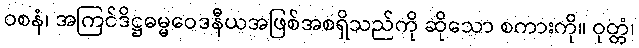
ဝစနံ၊ အကြင်ဒိဋ္ဌဓမ္မဝေဒနီယအဖြစ်အစရှိသည်ကို ဆိုသော စကားကို။ ဝုတ္တံ၊